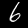
Label: 6